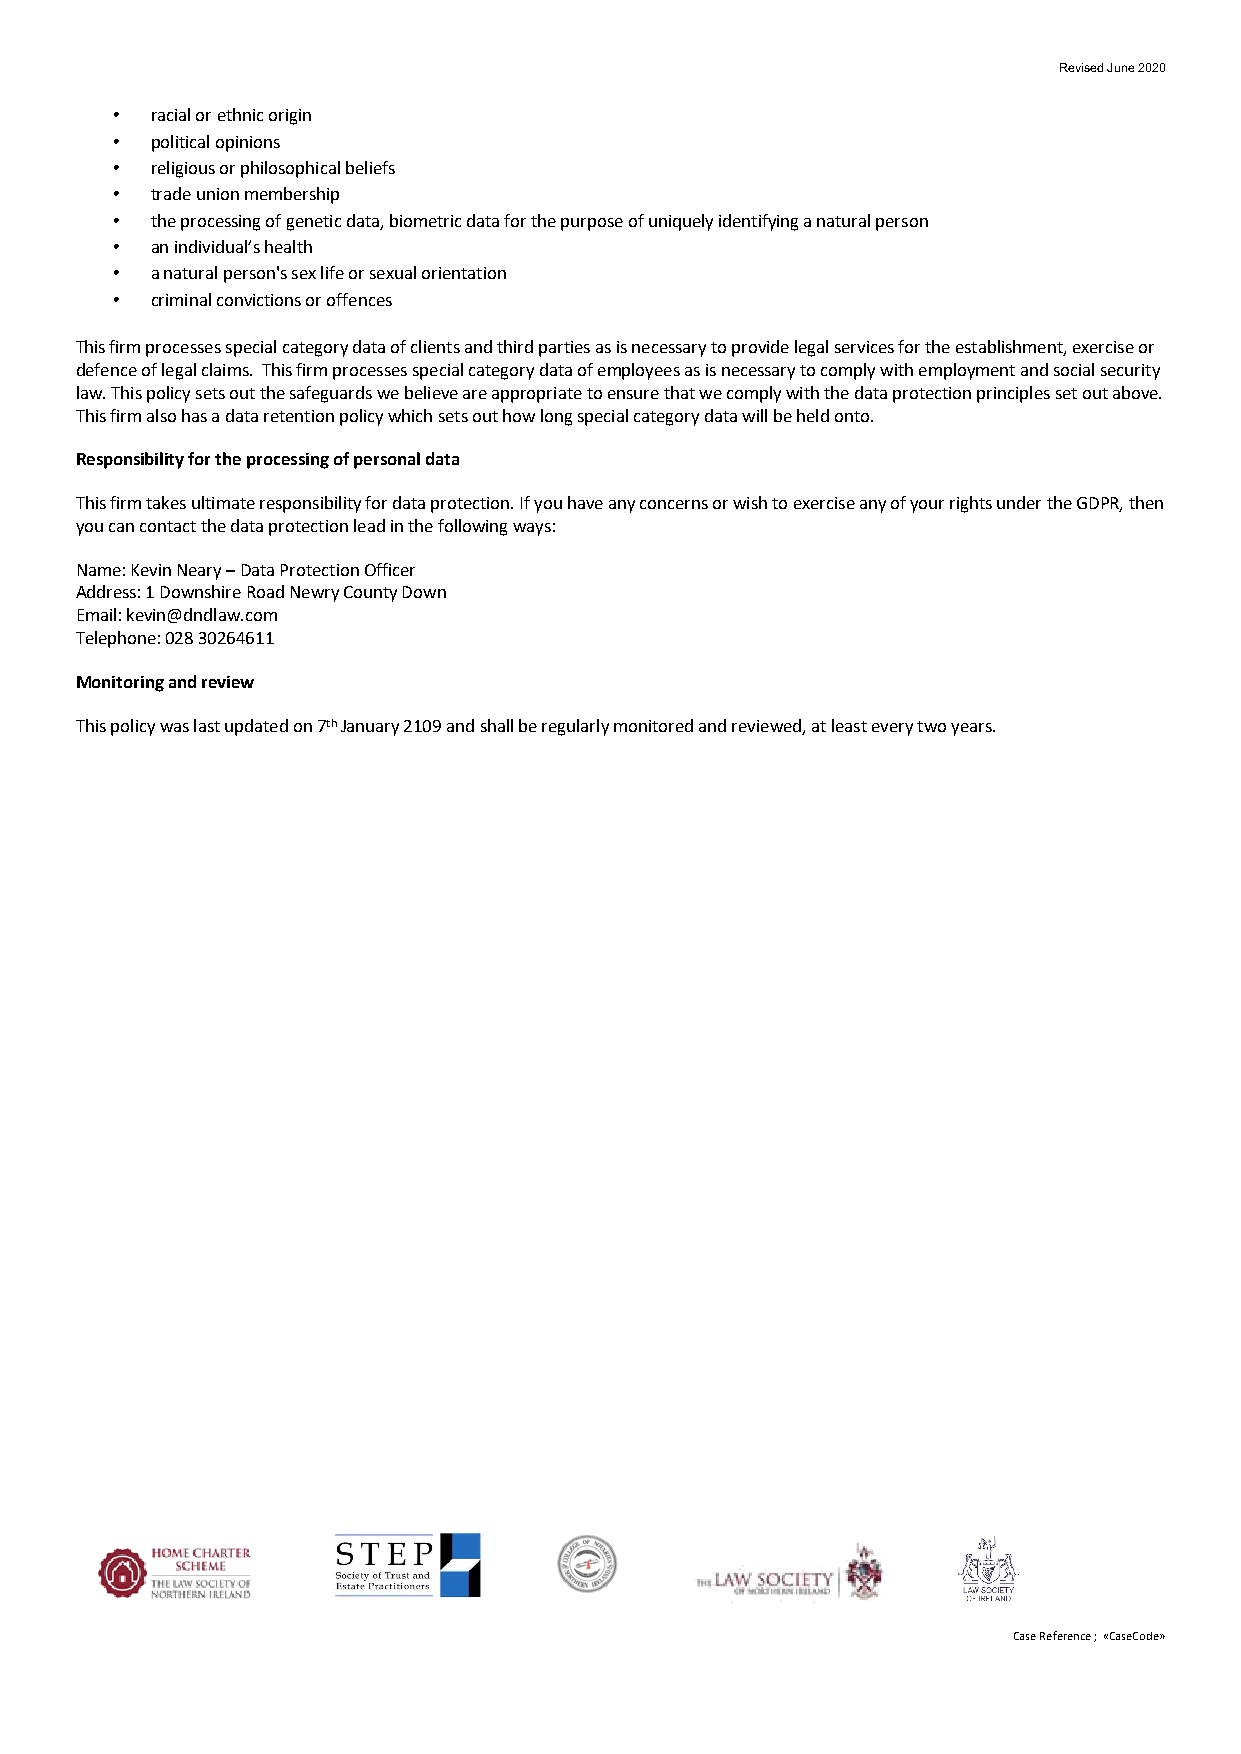
Revised June 2020
 •  racial or ethnic origin
 •  political opinions
 •  religious or philosophical beliefs
 •  trade union membership
 •  the processing of genetic data, biometric data for the purpose of uniquely identifying a natural person
 •  an individual’s health
 •  a natural person's sex life or sexual orientation
 •  criminal convictions or offences
 This firm processes special category data of clients and third parties as is necessary to provide legal services for the establishment, exercise or
 defence of legal claims. This firm processes special category data of employees as is necessary to comply with employment and social security
 law. This policy sets out the safeguards we believe are appropriate to ensure that we comply with the data protection principles set out above.
 This firm also has a data retention policy which sets out how long special category data will be held onto.
 Responsibility for the processing of personal data
 This firm takes ultimate responsibility for data protection. If you have any concerns or wish to exercise any of your rights under the GDPR, then
 you can contact the data protection lead in the following ways:
 Name: Kevin Neary – Data Protection Officer
 Address: 1 Downshire Road Newry County Down
 Email: kevin@dndlaw.com
 Telephone: 028 30264611
 Monitoring and review
 This policy was last updated on 7th January 2109 and shall be regularly monitored and reviewed, at least every two years.
 Case Reference ; «CaseCode»